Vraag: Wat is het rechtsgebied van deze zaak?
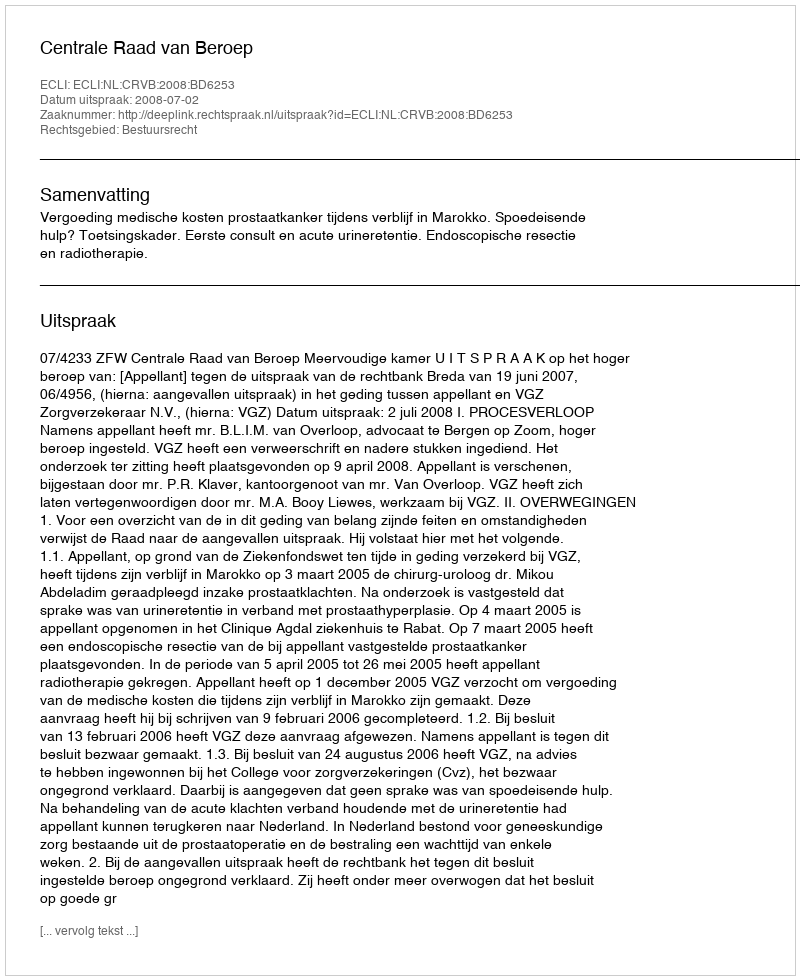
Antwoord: Bestuursrecht